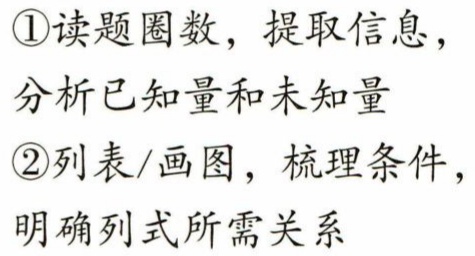
\textcircled{1}读题圈数，提取信息，

分析已知量和未知量

\textcircled{2}列表/画图，梳理条件，

明确列式所需关系